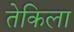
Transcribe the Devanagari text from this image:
तेकिला